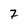
Character: 7